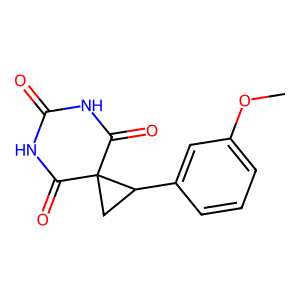
SMILES: COc1cccc(C2CC23C(=O)NC(=O)NC3=O)c1
Inhibits HIV replication: No